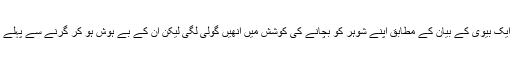
یمن سے تعلق رکھنے والی ایک بیوی کے بیان کے مطابق اپنے شوہر کو بچانے کی کوشش میں اُنھیں گولی لگی لیکن اُن کے بے ہوش ہو کر گرنے سے پہلے تک اُسامہ بن لادن زندہ تھا۔